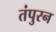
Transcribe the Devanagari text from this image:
तंपुरन